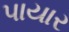
પાયાર